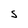
Character: S